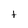
Character: t